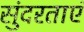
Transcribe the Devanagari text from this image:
सुंदरताएं